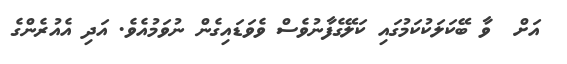
އަށް  ވާ ބޭކަލަކުކަމުގައި ކަލޭގެފާނުވެސް ވެވަޑައިގެން ނުވަމުއެވެ. އަދިި އެއުރެންގެ